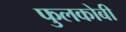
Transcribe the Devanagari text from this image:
फुलकोबी